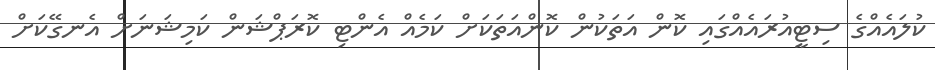
ކުލައެއްގެ ސިޓީއުރައެއްގައި ކޮން އަތަކުން ކޮންއަތަކަށް ކަމެއް އެންޓި ކޮރަޕްޝަން ކަމިޝަނަށް އެނގޭކަށް